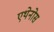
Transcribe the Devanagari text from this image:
एथेनोस